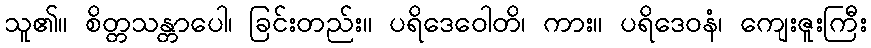
သူ၏။ စိတ္တသန္တာပေါ၊ ခြင်းတည်း။ ပရိဒေဝေါတိ၊ ကား။ ပရိဒေဝနံ၊ ကျေးဇူးကြီး